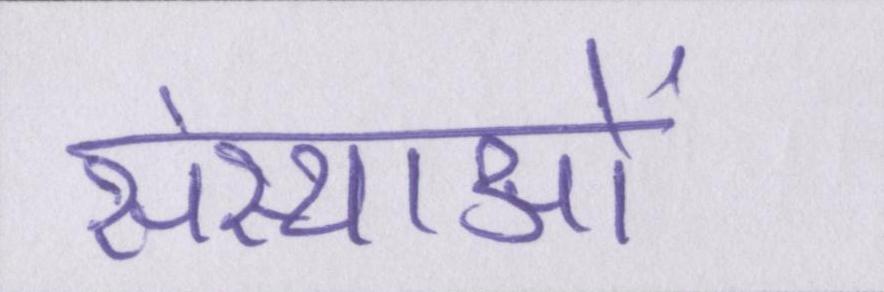
संस्थाओं